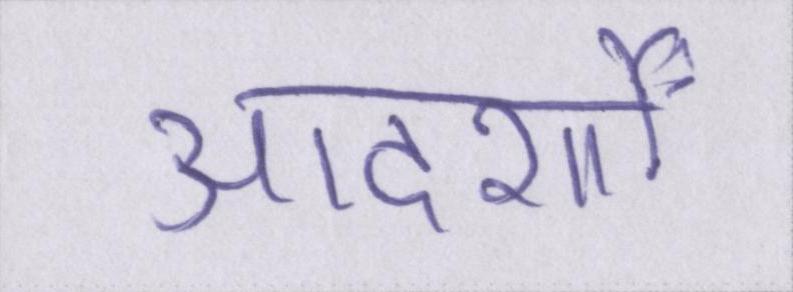
आदर्शों